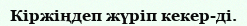
Кіржіңдеп жүріп кекер-ді.